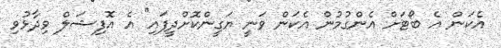
އެކަން އެ ބޯޓަށް އެންގުމުން އެކަން ވަނީ ޔަގީންކޮށްދީފައި" އެ އޮފިޝަލް ވިދާޅުވި